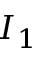
I _ { 1 }